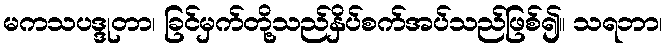
မကသပဒ္ဒုတာ၊ ခြင်မှက်တို့သည်နှိပ်စက်အပ်သည်ဖြစ်၍။ သရဘာ၊